Civil Veterinary Dept. Assam report 1927-50 - 1927-1950
Year: 1927
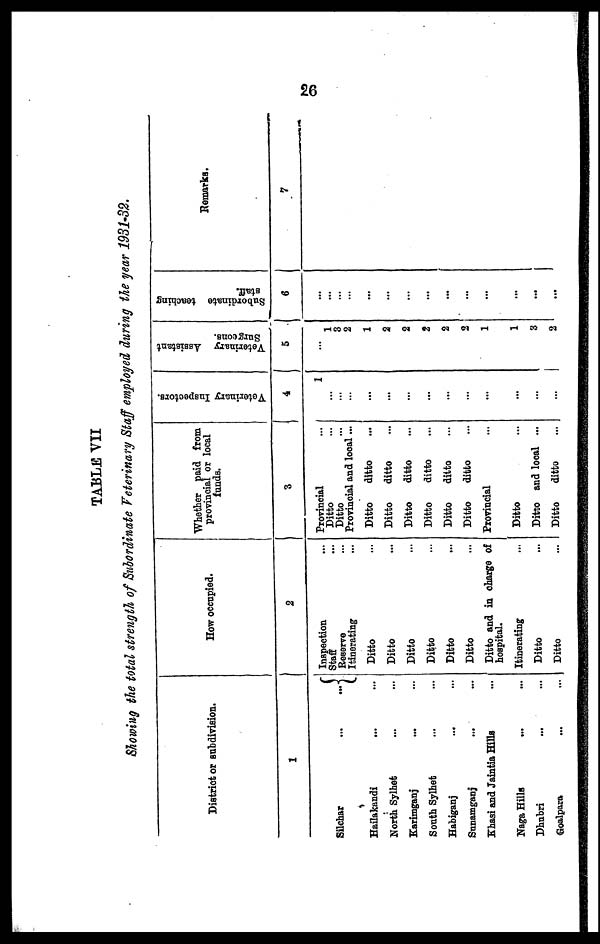
26
TABLE VII
Showing the total strength of Subordinate Veterinary Staff employed during the year 1931-32.
District or sub division.
1
Silchar
...
...
Hailakandi
... ..
North Sylhet ... ...
Karimganj ... ...
South Sylhet ... ...
Habiganj
...
...
Sunamganj ... ...
Khasi and Jaintia Hills ...
Naga Hills ... ...
Dhubri
...
...
Goalpara ... ...
How occupied.
2
Inspection …
Staff …
Reserve ...
Itinerating …
Ditto …
Ditto …
Ditto …
Ditto …
Ditto …
Ditto …
Ditto and in charge of
hospital.
Itinerating …
Ditto …
Ditto …
Whether paid from
provincial or local
funds.
3
Provincial …
Ditto …
Ditto …
Provincial and local ...
Ditto
ditto …
Ditto
ditto …
Ditto
ditto …
Ditto
ditto …
Ditto
ditto …
Ditto
ditto …
Provincial …
Ditto …
Ditto and local ...
Ditto
ditto …
Veterinary Inspectors.
4
1
...
…
…
...
...
...
...
...
...
...
...
...
...
Veterinary Assistant
Surgeons.
5
…
1
3
2
1
2
2
2
2
2
1
1
3
2
Subordinate teaching
staff.
6
…
...
...
...
...
...
...
...
...
…
...
...
...
Remarks.
7